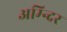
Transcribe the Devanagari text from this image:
अम्न्दिर